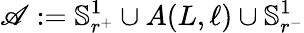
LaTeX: \mathscr{A}:=\mathbb{S}_{r^{+}}^{1}\cup A(L,\ell)\cup\mathbb{S}_{r^{-}}^{1}